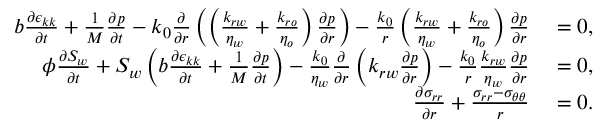
\begin{array} { r l } { b \frac { \partial \epsilon _ { k k } } { \partial t } + \frac { 1 } { M } \frac { \partial p } { \partial t } - k _ { 0 } \frac { \partial } { \partial r } \left( \left( \frac { k _ { r w } } { \eta _ { w } } + \frac { k _ { r o } } { \eta _ { o } } \right) \frac { \partial p } { \partial r } \right) - \frac { k _ { 0 } } { r } \left( \frac { k _ { r w } } { \eta _ { w } } + \frac { k _ { r o } } { \eta _ { o } } \right) \frac { \partial p } { \partial r } } & { { } = 0 , } \\ { \phi \frac { \partial S _ { w } } { \partial t } + S _ { w } \left( b \frac { \partial \epsilon _ { k k } } { \partial t } + \frac { 1 } { M } \frac { \partial p } { \partial t } \right) - \frac { k _ { 0 } } { \eta _ { w } } \frac { \partial } { \partial r } \left( k _ { r w } \frac { \partial p } { \partial r } \right) - \frac { k _ { 0 } } { r } \frac { k _ { r w } } { \eta _ { w } } \frac { \partial p } { \partial r } } & { { } = 0 , } \\ { \frac { \partial \sigma _ { r r } } { \partial r } + \frac { \sigma _ { r r } - \sigma _ { \theta \theta } } { r } } & { { } = 0 . } \end{array}